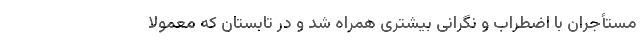
مستأجران با اضطراب و نگرانی بیشتری همراه شد و در تابستان که معمولاً